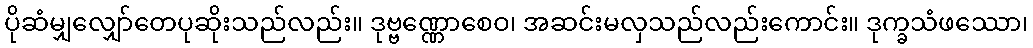
ပိုဆံမျှလျှော်တေပုဆိုးသည်လည်း။ ဒုဗ္ဗဏ္ဏောစေဝ၊ အဆင်းမလှသည်လည်းကောင်း။ ဒုက္ခသံဖဿော၊